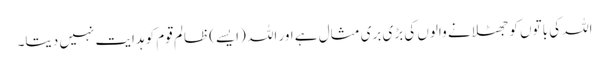
اللہ کی باتوں کو جھٹلانے والوں کی بڑی بری مثال ہے اور اللہ (ایسے) ظالم قوم کو ہدایت نہیں دیتا۔